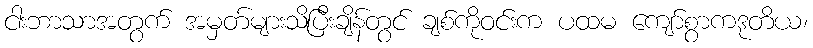
ငါးဘာသာအတွက် အမှတ်များသိပြီးချိန်တွင် ချစ်ကိုဝင်းက ပထမ ကျော်စွာကဒုတိယ၊